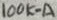
Text: 100K-A